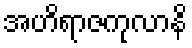
အဟိရာဇကုလာနိ